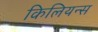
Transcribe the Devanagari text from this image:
किलियन्स